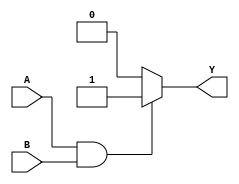
module XNOR_GATE (output reg Y, input A, B);  //declaring the module
always @ (A or B) begin
   if (A == 1'b0 & B == 1'b0) begin            //states that if both A and B are 0
       Y = 1'b1;                               //then Y has to be 1
   end
   if (A == 1'b1 & B == 1'b1) begin            //states that if both A and B are 1
       Y = 1'b1;                              //then Y has to be 1
   end
   else 
       Y = 1'b0;                             //1b0 means 1 bit in the binary number system, and its value is 0
end
endmodule                                   //used to terminate the module